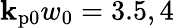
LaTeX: \mathbf{k}_{\mathrm{{p0}}}w_{0}=3.5,4